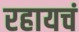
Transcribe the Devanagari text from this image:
रहायचं